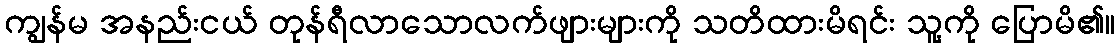
ကျွန်မ အနည်းငယ် တုန်ရီလာသောလက်ဖျားများကို သတိထားမိရင်း သူ့ကို ပြောမိ၏။